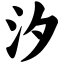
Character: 汐